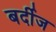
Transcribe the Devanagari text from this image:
बर्दीज